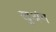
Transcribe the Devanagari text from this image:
खुअंग